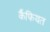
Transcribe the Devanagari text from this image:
र्कैफियत